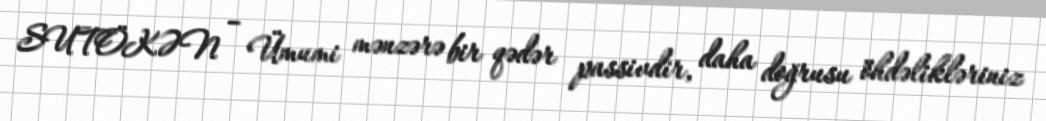
SUTÖKƏN – Ümumi mənzərə bir qədər passivdir, daha doğrusu öhdəlikləriniz